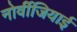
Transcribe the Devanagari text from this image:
नोर्वीजियाई